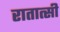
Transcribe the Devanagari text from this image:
रातात्सी